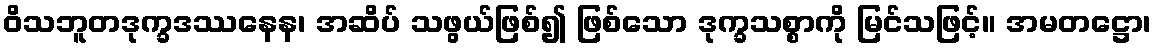
ဝိသဘူတဒုက္ခဒဿနေန၊ အဆိပ် သဖွယ်ဖြစ်၍ ဖြစ်သော ဒုက္ခသစ္စာကို မြင်သဖြင့်။ အမတဋ္ဌော၊